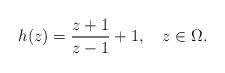
LaTeX: \begin{align*}h(z)=\frac{z+1}{z-1}+1,\ \ \ z\in\Omega.\end{align*}